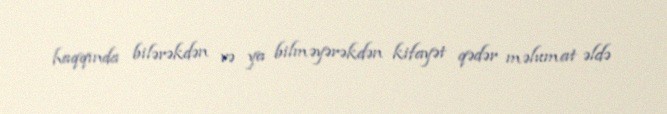
haqqında bilərəkdən və ya bilməyərəkdən kifayət qədər məlumat əldə